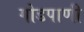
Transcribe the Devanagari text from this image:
गोडपाणी